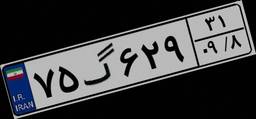
۷۵گ۶۲۹۳۱